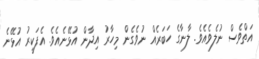
އަތްވެސް ނުލެވެއެވެ. ލާނާގެ ހަބަރެއް ނުވެގެން މިހާރު އިދާން އުޅޭނެއެވެ. އެފަކީރު އުޅޭނެ